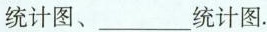
统计图、___统计图。